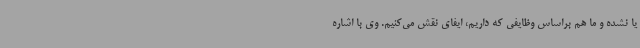
یا نشده و ما هم براساس وظایفی که داریم، ایفای نقش می‌کنیم. وی با اشاره